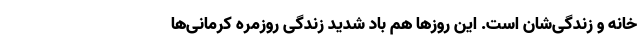
خانه و زندگی‌شان است. این روزها هم باد شدید زندگی روزمره کرمانی‌ها